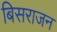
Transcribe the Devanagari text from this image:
बिसराजन